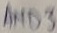
Text: AND3